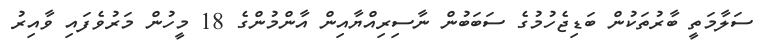
ސަލާމަތީ ބާރުތަކުން ބަޑިޖެހުމުގެ ސަބަބުން ނާސިރިއްޔާއިން އާންމުންގެ 18 މީހުން މަރުވެފައި ވާއިރު